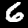
Digit: 6